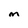
Character: M